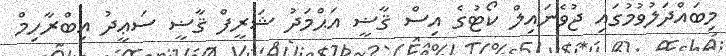
މިބައްދަލުވުމުގައި ޖުވެނައިލް ކޯޓުގެ އިސް ޤާޟީ އަޙްމަދު ޝަރީފް ޤާޟީ ސަޢީދު އިބްރާހިމް